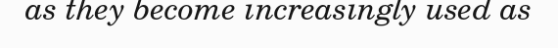
as they become increasingly used as